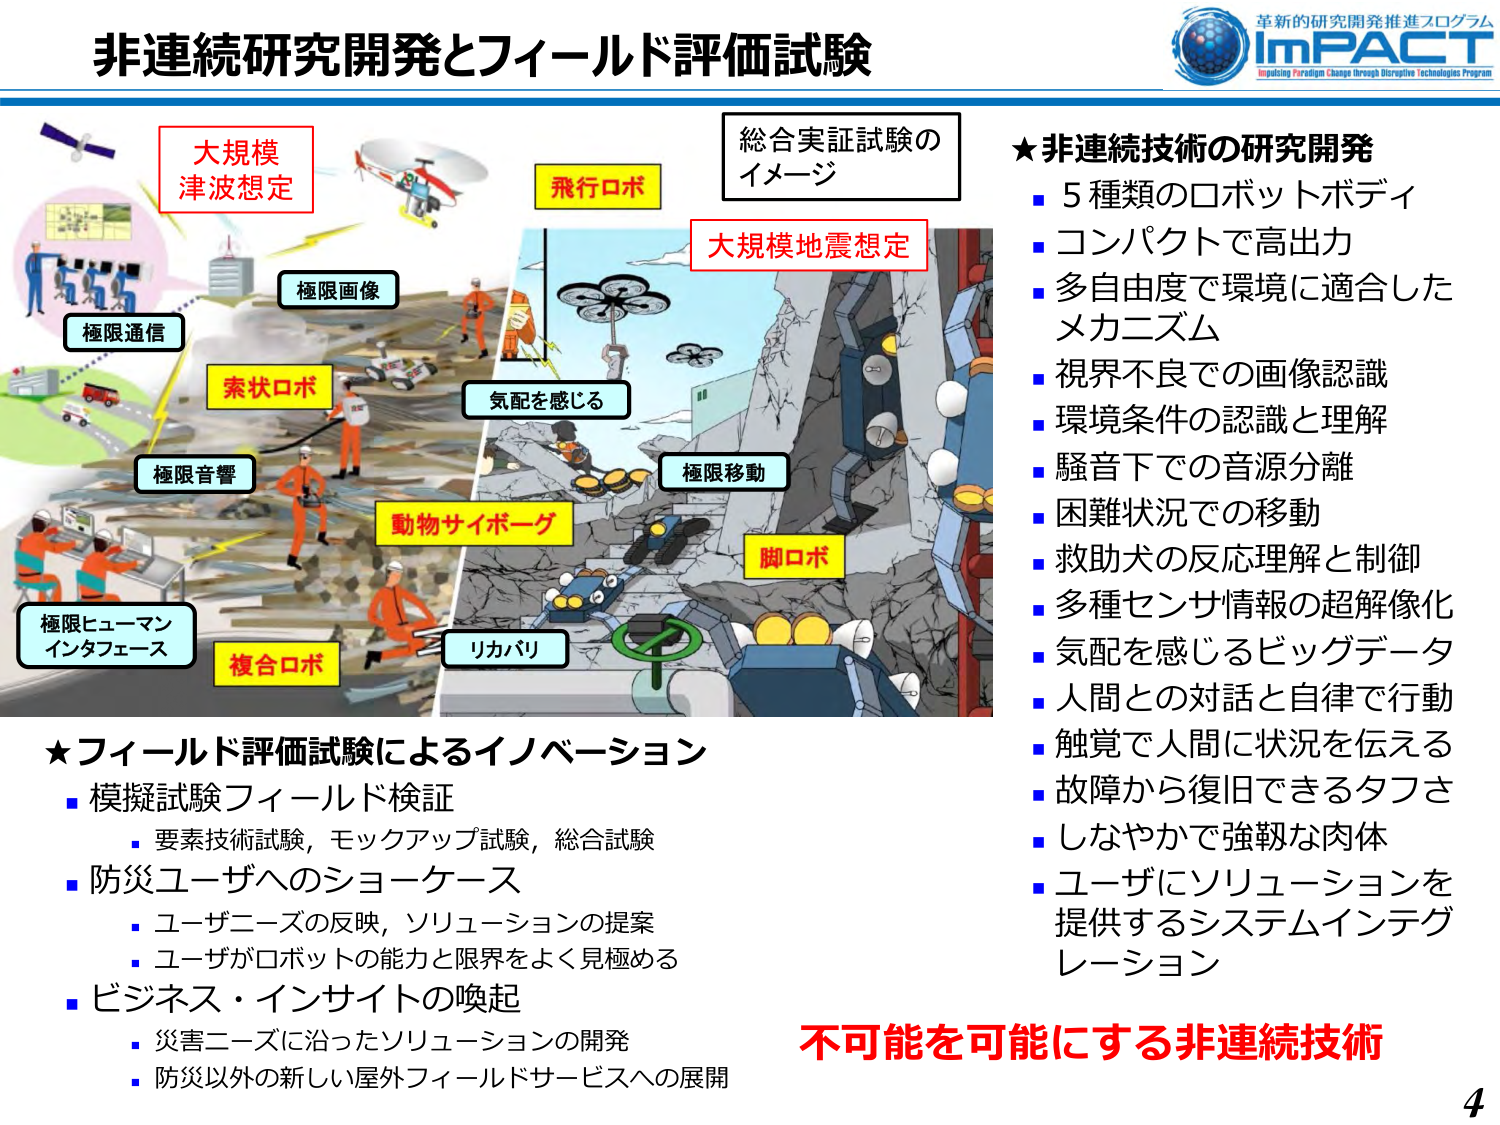
非連続研究開発とフィールド評価試験

大規模
津波想定

飛行ロボ

総合実証試験の
イメージ

大規模地震想定

極限通信

極限画像

索状ロボ

極限音響

極限ヒューマン
インターフェース

複合ロボ

動物サイボーグ

気配を感じる

極限移動

脚ロボ

リカバリ

★非連続技術の研究開発
■ 5種類のロボットボディ
■ コンパクトで高出力
■ 多自由度で環境に適合した
　メカニズム
■ 視界不良での画像認識
■ 環境条件の認識と理解
■ 騒音下での音源分離
■ 困難状況での移動
■ 救助犬の反応理解と制御
■ 多種センサ情報の超解像化
■ 気配を感じるビッグデータ
■ 人間との対話と自律で行動
■ 触覚で人間に状況を伝える
■ 故障から復旧できるタフさ
■ しなやかで強靭な肉体
■ ユーザにソリューションを
　提供するシステムインテグ
　レーション

★フィールド評価試験によるイノベーション
■ 模擬試験フィールド検証
　・要素技術試験，モックアップ試験，総合試験
■ 防災ユーザへのショーケース
　・ユーザニーズの反映，ソリューションの提案
　・ユーザがロボットの能力と限界をよく見極める
■ ビジネス・インサイトの喚起
　・災害ニーズに沿ったソリューションの開発
　・防災以外の新しい屋外フィールドサービスへの展開

不可能を可能にする非連続技術

革新的研究開発推進プログラム
IMPACT
Impulsing Paradigm Change through Disruptive Technologies Program

4